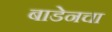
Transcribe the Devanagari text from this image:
बाडेनचा